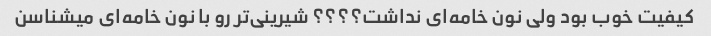
کیفیت خوب بود ولی نون خامه‌ای نداشت؟؟؟؟ شیرینی‌تر رو با نون خامه‌ای میشناسن